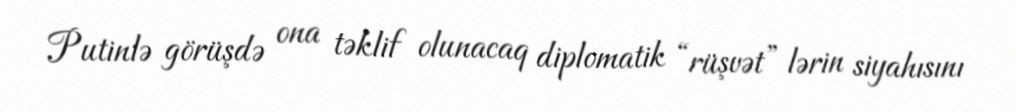
Putinlə görüşdə ona təklif olunacaq diplomatik “rüşvət” lərin siyahısını